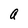
Character: a